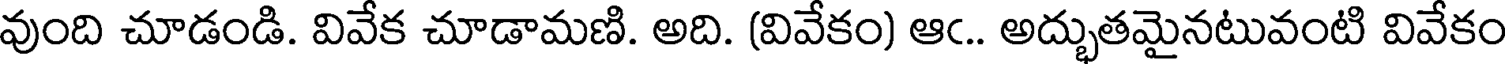
వుంది చూడండి. వివేక చూడామణి. అది. (వివేకం) ఆఁ.. అద్భుతమైనటువంటి వివేకం